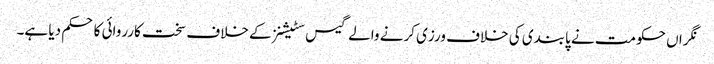
نگراں حکومت نے پابندی کی خلاف ورزی کرنے والے گیس سٹیشنز کے خلاف سخت کارروائی کا حکم دیا ہے۔